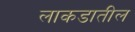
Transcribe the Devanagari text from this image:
लाकडातील